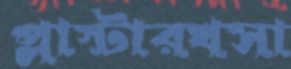
প্লাস্টারখসা